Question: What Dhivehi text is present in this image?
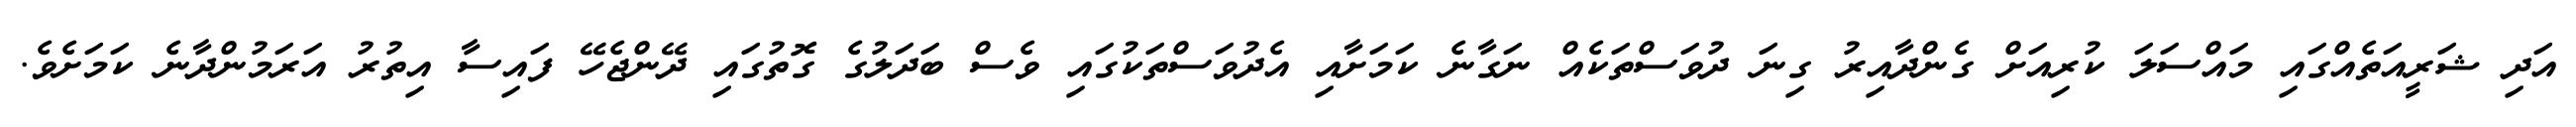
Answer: އަދި ޝަރީއަތެއްގައި މައްސަލަ ކުރިއަށް ގެންދާއިރު ގިނަ ދުވަސްތަކެއް ނަގާނެ ކަމަށާއި އެދުވަސްތަކުގައި ވެސް ބަދަލުގެ ގޮތުގައި ދޭންޖެހޭ ފައިސާ އިތުރު އަރަމުންދާނެ ކަމަށެވެ.